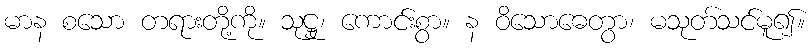
မာန စသော တရားတို့ကို။ သုဋ္ဌု၊ ကောင်းစွာ။ န ဝိသောဓေတွာ၊ မသုတ်သင်မူ၍။